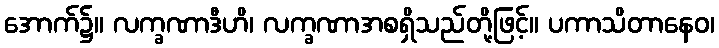
အောက်၌။ လက္ခဏာဒီဟိ၊ လက္ခဏာအစရှိသည်တို့ဖြင့်။ ပကာသိတာနေဝ၊